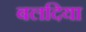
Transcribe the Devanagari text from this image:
बलदिया